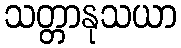
သတ္တာနုသယာ